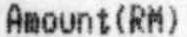
AMOUNT(RM)